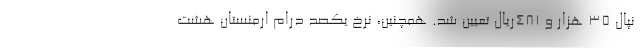
نپال ۳۵ هزار و ۴۸۱ریال تعیین شد. همچنین، نرخ یکصد درام ارمنستان هشت